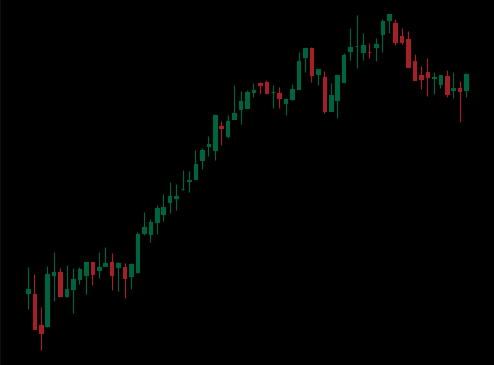
Pattern: bear_flag